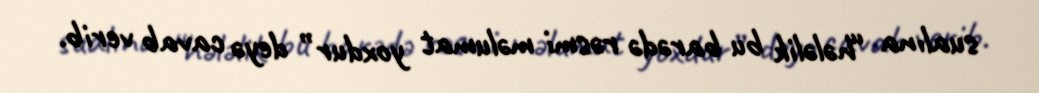
sualına “hələlik bu barədə rəsmi məlumat yoxdur” deyə cavab verib.